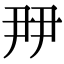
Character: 𡱉